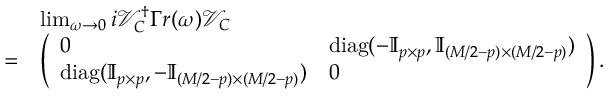
\begin{array} { r l } & { \operatorname* { l i m } _ { \omega \rightarrow 0 } i \mathcal { V } _ { C } ^ { \dagger } \Gamma r ( \omega ) \mathcal { V } _ { C } } \\ { = } & { \left( \begin{array} { l l } { 0 } & { \mathrm { d i a g } ( - \mathbb { I } _ { p \times p } , \mathbb { I } _ { ( M / 2 - p ) \times ( M / 2 - p ) } ) } \\ { \mathrm { d i a g } ( \mathbb { I } _ { p \times p } , - \mathbb { I } _ { ( M / 2 - p ) \times ( M / 2 - p ) } ) } & { 0 } \end{array} \right) . } \end{array}